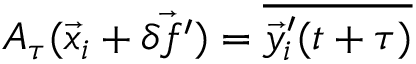
A _ { \tau } ( \vec { x } _ { i } + \vec { \delta f ^ { \prime } } ) = \overline { { \vec { y } _ { i } ^ { \prime } ( t + \tau ) } }